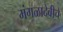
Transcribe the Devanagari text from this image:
मंगळादेवीचे